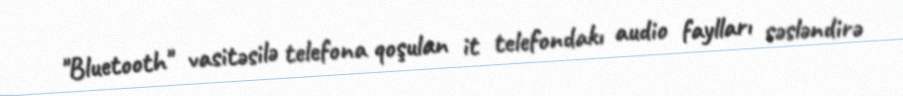
"Bluetooth" vasitəsilə telefona qoşulan it telefondakı audio faylları səsləndirə